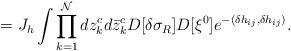
LaTeX: \begin{align*}=J_h \int \prod_{k=1}^{\cal N} dz^c_k d \bar z^c_k D[\delta\sigma_R]D[\xi^0] e^{-( \delta h_{ij}, \delta h_{ij} ) }.\end{align*}